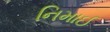
નિમાઈ